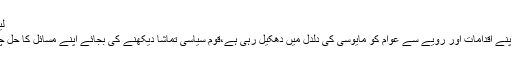
لیاقت بلوچ
حکومت اپنے اقدامات اور رویے سے عوام کو مایوسی کی دلدل میں دھکیل رہی ہے،قوم سیاسی تماشا دیکھنے کی بجائے اپنے مسائل کا حل چاہتی ہے۔